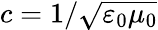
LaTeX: c=1/\sqrt{\varepsilon_{0}\mu_{0}}